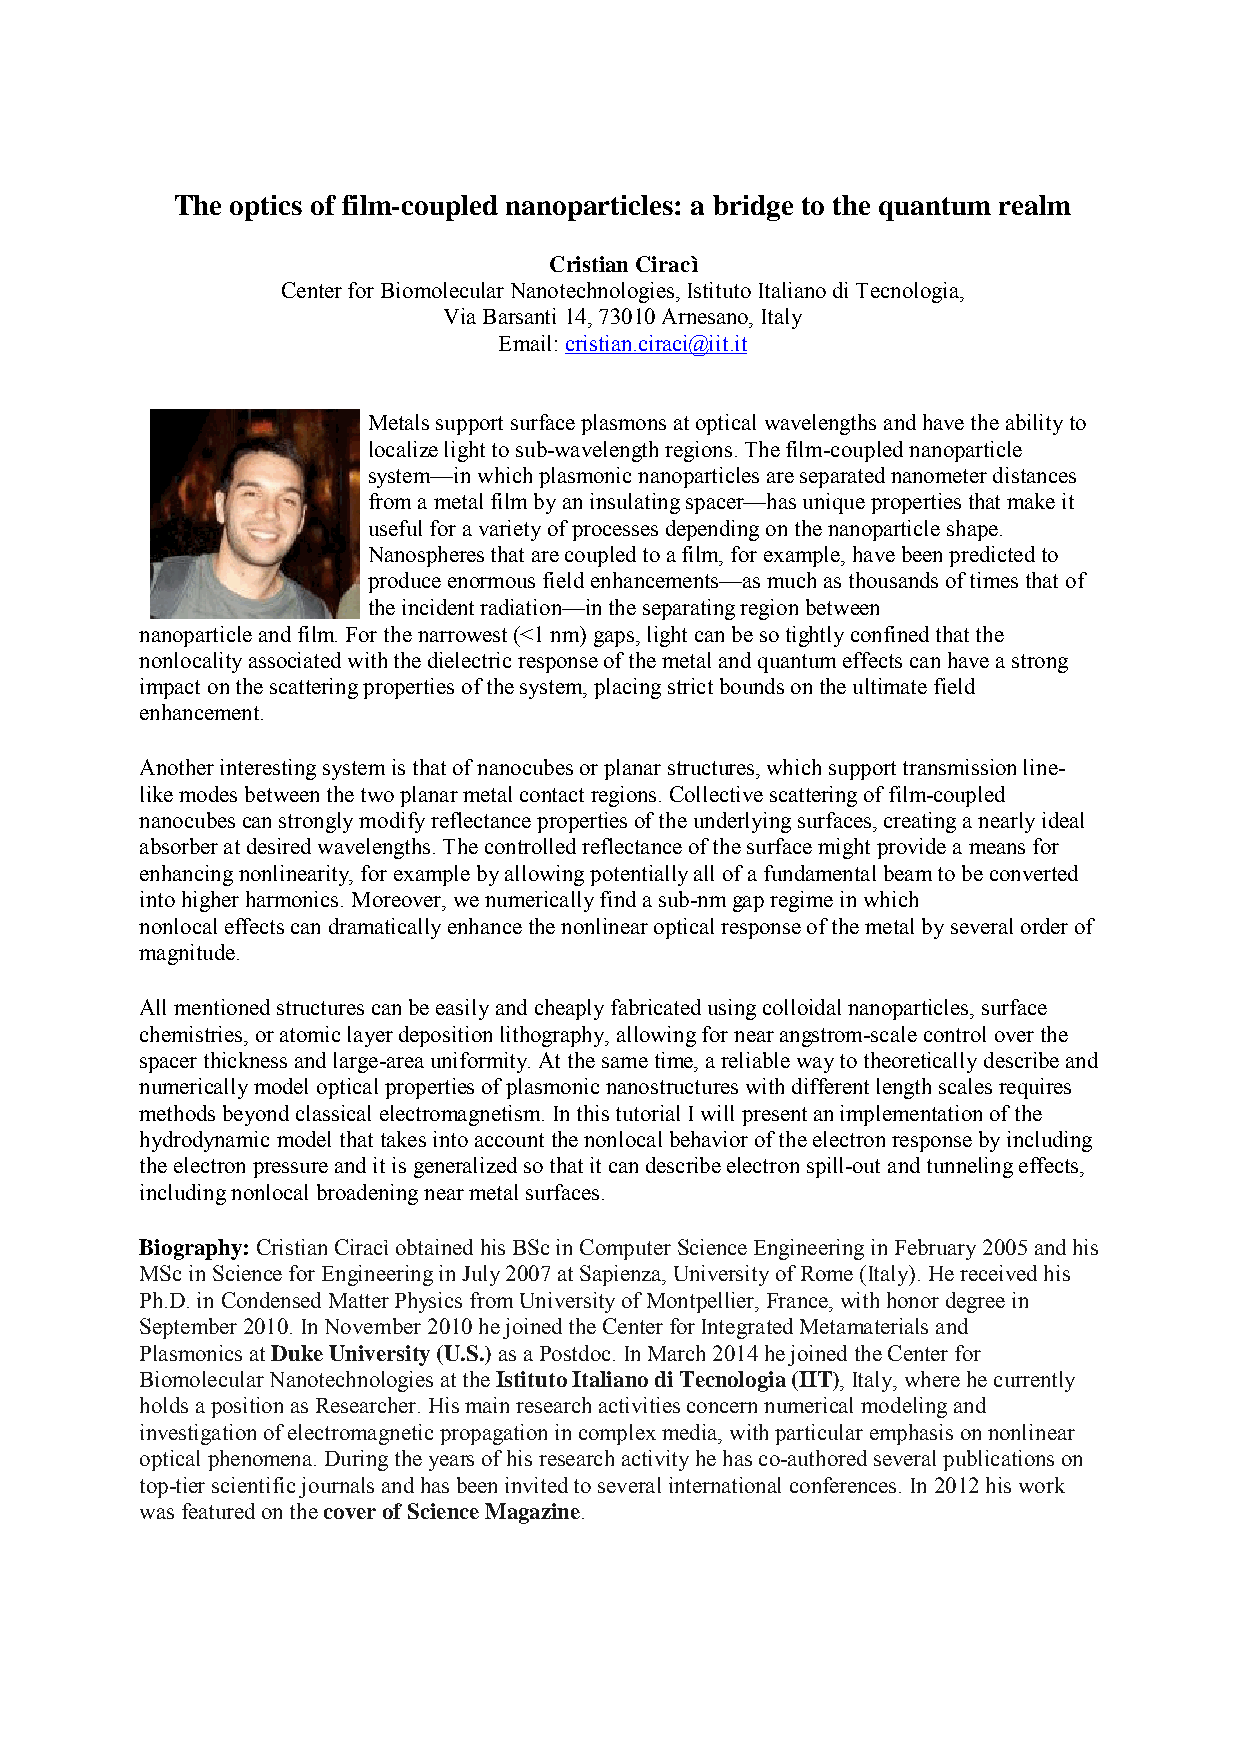
The optics of film-coupled nanoparticles: a bridge to the quantum realm
 Cristian Ciracì
 Center for Biomolecular Nanotechnologies, Istituto Italiano di Tecnologia,
 Via Barsanti 14, 73010 Arnesano, Italy
 Email: cristian.ciraci@iit.it
 Metals support surface plasmons at optical wavelengths and have the ability to
 localize light to sub-wavelength regions. The film-coupled nanoparticle
 system—in which plasmonic nanoparticles are separated nanometer distances
 from a metal film by an insulating spacer—has unique properties that make it
 useful for a variety of processes depending on the nanoparticle shape.
 Nanospheres that are coupled to a film, for example, have been predicted to
 produce enormous field enhancements—as much as thousands of times that of
 the incident radiation—in the separating region between
 nanoparticle and film. For the narrowest (<1 nm) gaps, light can be so tightly confined that the
 nonlocality associated with the dielectric response of the metal and quantum effects can have a strong
 impact on the scattering properties of the system, placing strict bounds on the ultimate field
 enhancement.
 Another interesting system is that of nanocubes or planar structures, which support transmission line-
 like modes between the two planar metal contact regions. Collective scattering of film-coupled
 nanocubes can strongly modify reflectance properties of the underlying surfaces, creating a nearly ideal
 absorber at desired wavelengths. The controlled reflectance of the surface might provide a means for
 enhancing nonlinearity, for example by allowing potentially all of a fundamental beam to be converted
 into higher harmonics. Moreover, we numerically find a sub-nm gap regime in which
 nonlocal effects can dramatically enhance the nonlinear optical response of the metal by several order of
 magnitude.
 All mentioned structures can be easily and cheaply fabricated using colloidal nanoparticles, surface
 chemistries, or atomic layer deposition lithography, allowing for near angstrom-scale control over the
 spacer thickness and large-area uniformity. At the same time, a reliable way to theoretically describe and
 numerically model optical properties of plasmonic nanostructures with different length scales requires
 methods beyond classical electromagnetism. In this tutorial I will present an implementation of the
 hydrodynamic model that takes into account the nonlocal behavior of the electron response by including
 the electron pressure and it is generalized so that it can describe electron spill-out and tunneling effects,
 including nonlocal broadening near metal surfaces.
 Biography: Cristian Ciracì obtained his BSc in Computer Science Engineering in February 2005 and his
 MSc in Science for Engineering in July 2007 at Sapienza, University of Rome (Italy). He received his
 Ph.D. in Condensed Matter Physics from University of Montpellier, France, with honor degree in
 September 2010. In November 2010 he joined the Center for Integrated Metamaterials and
 Plasmonics at Duke University (U.S.) as a Postdoc. In March 2014 he joined the Center for
 Biomolecular Nanotechnologies at the Istituto Italiano di Tecnologia (IIT), Italy, where he currently
 holds a position as Researcher. His main research activities concern numerical modeling and
 investigation of electromagnetic propagation in complex media, with particular emphasis on nonlinear
 optical phenomena. During the years of his research activity he has co-authored several publications on
 top-tier scientific journals and has been invited to several international conferences. In 2012 his work
 was featured on the cover of Science Magazine.